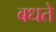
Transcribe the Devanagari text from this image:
बधते